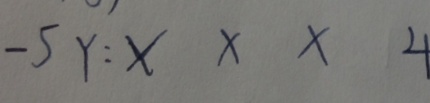
- 5 Y : x x x 4